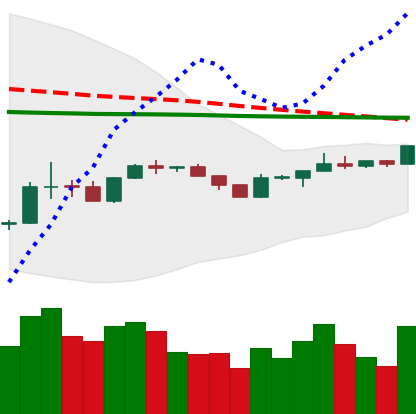
Ticker: BTC-USD
Chart end date: 2020-04-06
Forward return: -5.675%
Label: down_5_7